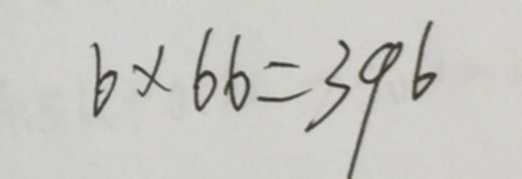
6 \times 6 6 = 3 9 6